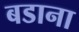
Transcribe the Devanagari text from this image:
बडाना